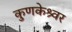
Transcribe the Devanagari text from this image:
कुणकेश्र्वर